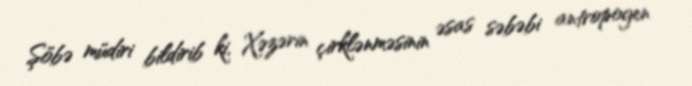
Şöbə müdiri bildirib ki, Xəzərin çirklənməsinin əsas səbəbi antropogen